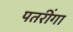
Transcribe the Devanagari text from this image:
पतरींगा